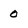
Character: 0